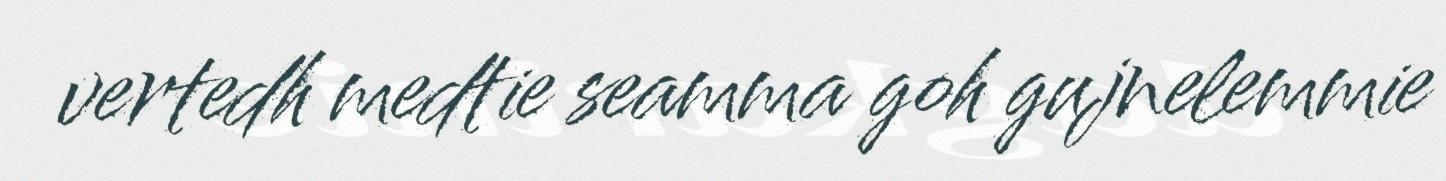
vertedh medtie seamma goh gujnelemmie